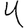
Digit: 4